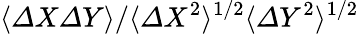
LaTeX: \langle{\mit\Delta}X{\mit\Delta}Y\rangle/\langle{\mit\Delta}X^{2}\rangle^{1/2}\langle{\mit\Delta}Y^{2}\rangle^{1/2}